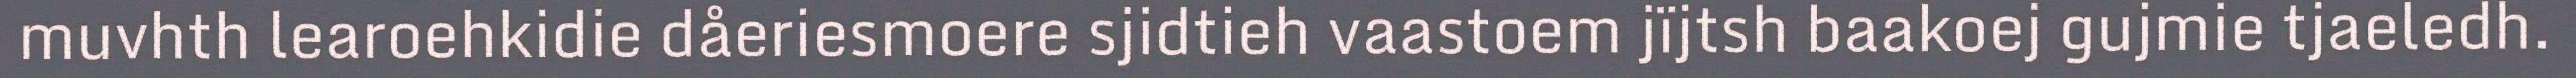
muvhth learoehkidie dåeriesmoere sjidtieh vaastoem jïjtsh baakoej gujmie tjaeledh.